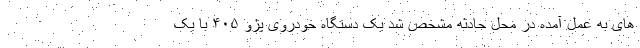
های به عمل آمده در محل حادثه مشخص شد یک دستگاه خودروی پژو ۴۰۵ با یک